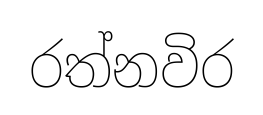
රත්නවිර